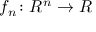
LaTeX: f _ { n } \colon R ^ { n } \to R